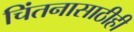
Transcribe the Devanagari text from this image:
चिंतनासाठीही